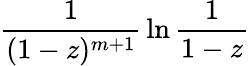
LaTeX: {\frac{1}{(1-z)^{m+1}}}\ln{\frac{1}{1-z}}